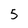
Character: 5